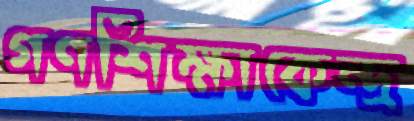
গণশিক্ষাকেন্দ্র